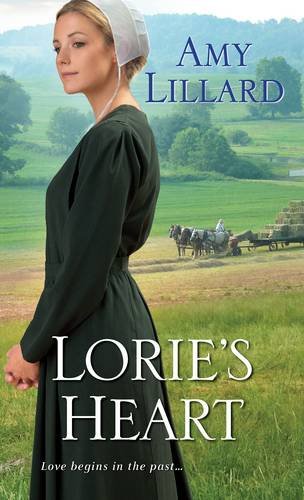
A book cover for Lorie's Heart (A Wells Landing Romance); Amy Lillard; Romance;